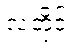
လတိုင်း